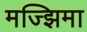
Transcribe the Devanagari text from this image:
मज्झिमा